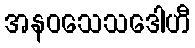
အနဝသေသဒေါဟီ